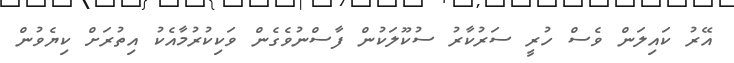
އޭރު ކައިލަން ވެސް ހުރީ ސަރުކާރު ސުކޫލަކުން ފާސްނުވެގެން ވަކިކުރުމާއެކު އިތުރަށް ކިޔެވުން